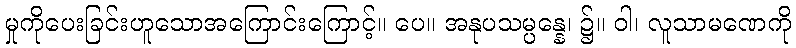
မှုကိုပေးခြင်းဟူသောအကြောင်းကြောင့်။ ပေ။ အနုပသမ္ပန္နေ၊ ၌။ ဝါ၊ လူသာမဏေကို